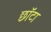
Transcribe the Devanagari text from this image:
छॉटा